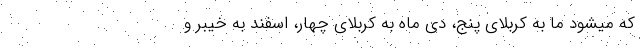
که میشود ما به کربلای پنج، دی ماه به کربلای چهار، اسفند به خیبر و